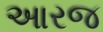
આરજ